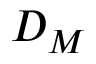
D _ { M }